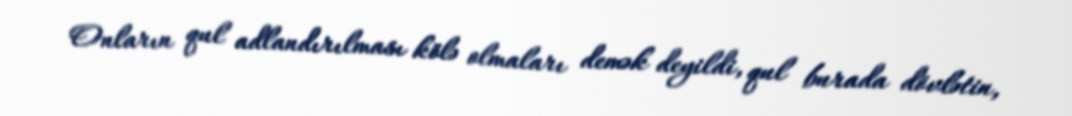
Onların qul adlandırılması kölə olmaları demək deyildi, qul burada dövlətin,